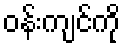
ဝန်းကျင်ကို